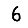
Digit: 6